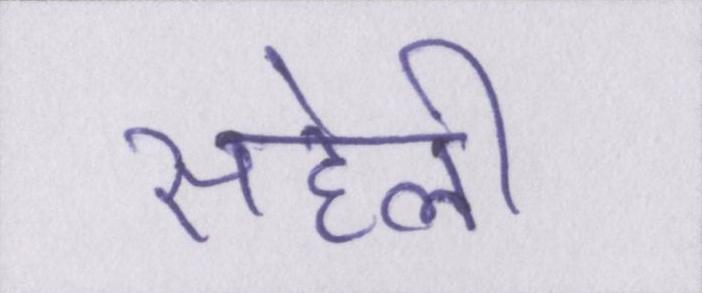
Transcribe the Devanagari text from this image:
सहेली